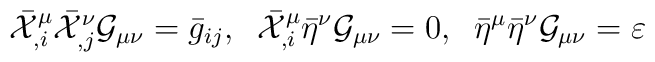
\bar{\cal X}^{\mu}_{,i}\bar{\cal X}^{\nu}_{,j}{\cal G}_{\mu\nu}=\bar{g}_{ij},\;\;\bar{\cal X}^{\mu}_{,i}\bar\eta^{\nu}{\cal G}_{\mu\nu}=0,\;\;\bar{\eta}^{\mu}\bar{\eta}^{\nu}{\cal G}_{\mu\nu}= \varepsilon